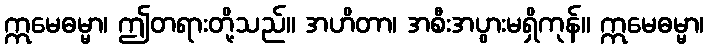
ဣမေဓမ္မာ၊ ဤတရားတို့သည်။ အဟိတာ၊ အစီးအပွားမရှိကုန်။ ဣမေဓမ္မာ၊